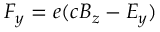
F _ { y } = e ( c B _ { z } - E _ { y } )